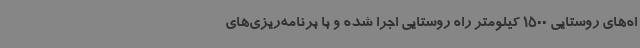
اه‌های روستایی 1500 کیلومتر راه روستایی اجرا شده و با برنامه‌ریزی‌های